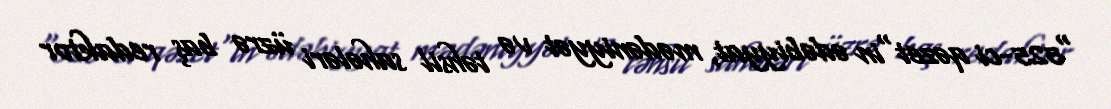
"525-ci qəzet"in ədəbiyyat, mədəniyyət və təhsil sahələri üzrə baş redaktor